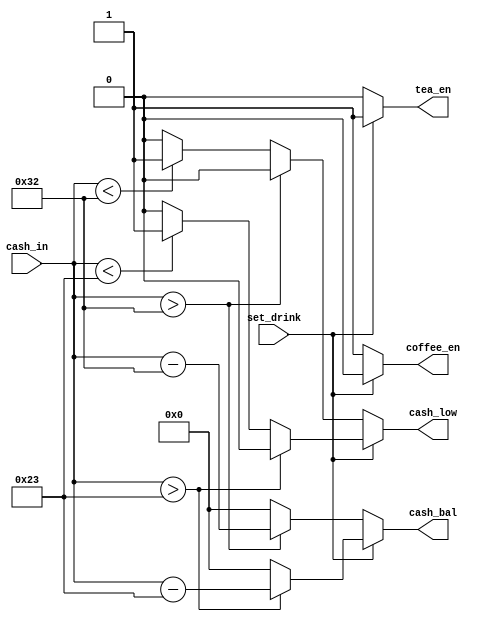
module Bill_Calculator(set_drink, cash_in, cash_low, cash_bal, coffee_en, tea_en);
input set_drink;
input [6:0]cash_in;
output coffee_en;
output tea_en;
output cash_low;
output [6:0] cash_bal;
reg [6:0] cash_bal1;
reg coffee_en1;
reg tea_en1;
reg cash_low1;
always@(set_drink, cash_in)
begin
coffee_en1 = 1'b0;
tea_en1 = 1'b0;
cash_low1 = 1'b0;
cash_bal1 = 7'b0000000;
if (set_drink == 1'b0)
begin
coffee_en1=1'b1;
tea_en1=1'b0;
if (cash_in>7'b0110010)
cash_bal1= (cash_in - 7'b0110010);
else if (cash_in<7'b0110010)
cash_low1=1'b1;
end
else if (set_drink == 1'b1)
begin
coffee_en1=1'b0;
tea_en1=1'b1;
if (cash_in>7'b0100011)
cash_bal1= (cash_in - 7'b0100011);
else if (cash_in<7'b0100011)
cash_low1=1'b1;
end
end
assign cash_bal = cash_bal1;
assign coffee_en = coffee_en1;
assign tea_en = tea_en1;
assign cash_low = cash_low1;
endmodule